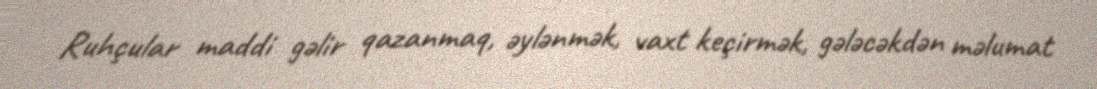
Ruhçular maddi gəlir qazanmaq, əylənmək, vaxt keçirmək, gələcəkdən məlumat